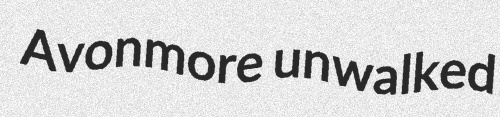
Avonmore unwalked